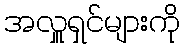
အလှူရှင်များကို